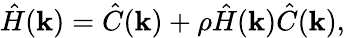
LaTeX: {\hat{H}}(\mathbf{k})={\hat{C}}(\mathbf{k})+\rho{\hat{H}}(\mathbf{k}){\hat{C}}(\mathbf{k}),